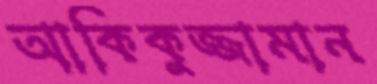
আকিকুজ্জামান